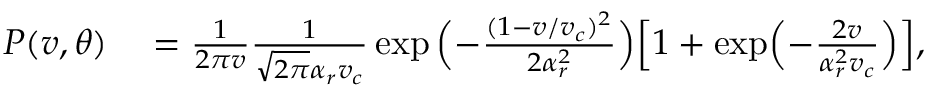
\begin{array} { r l } { P ( v , \theta ) } & { { } = \frac { 1 } { 2 \pi v } \frac { 1 } { \sqrt { 2 \pi } \alpha _ { r } v _ { c } } \exp { \Bigl ( - \frac { ( 1 - v / v _ { c } ) ^ { 2 } } { 2 \alpha _ { r } ^ { 2 } } \Bigr ) } \Bigl [ 1 + \exp \Bigl ( - \frac { 2 v } { \alpha _ { r } ^ { 2 } v _ { c } } \Bigr ) \Bigr ] , } \end{array}